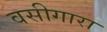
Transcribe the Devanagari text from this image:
वसीगारा